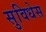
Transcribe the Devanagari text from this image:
सुविधेस